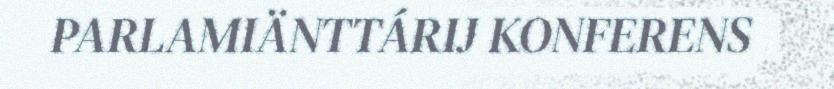
PARLAMIÄNTTÁRIJ KONFERENS